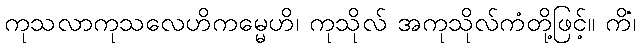
ကုသလာကုသလေဟိကမ္မေဟိ၊ ကုသိုလ် အကုသိုလ်ကံတို့ဖြင့်။ ကိံ၊